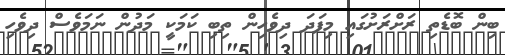
ބިން ބޮޑެތި ރަށްރަށުގައި މިފަދަ ދިވެހިން ތިބި ކަމަކީ މަދުން ނަމަވެސް ދިވެހި